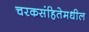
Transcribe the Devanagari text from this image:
चरकसंहितेमधील